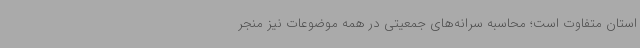
استان متفاوت است؛ محاسبه سرانه‌های جمعیتی در همه موضوعات نیز منجر